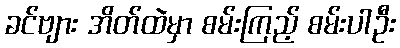
ခင်ဗျား အိတ်ထဲမှာ စမ်းကြည့် စမ်းပါဦး